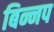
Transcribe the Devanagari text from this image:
बिन्नप